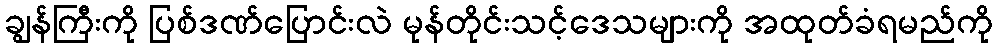
ချွန်ကြီးကို ပြစ်ဒဏ်ပြောင်းလဲ မုန်တိုင်းသင့်ဒေသများကို အထုတ်ခံရမည်ကို